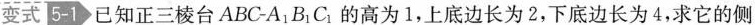
[变式5-1 已知正三棱台ABC-A_{1}B_{1}C_{1} 的高为1，上底边长为2，下底边长为4，求它的侧